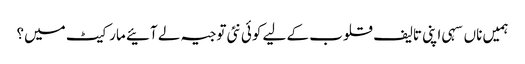
ہمیں ناں سہی اپنی تالیف قلوب کے لیے کوئی نئی توجیہ لے آئیے مارکیٹ میں؟